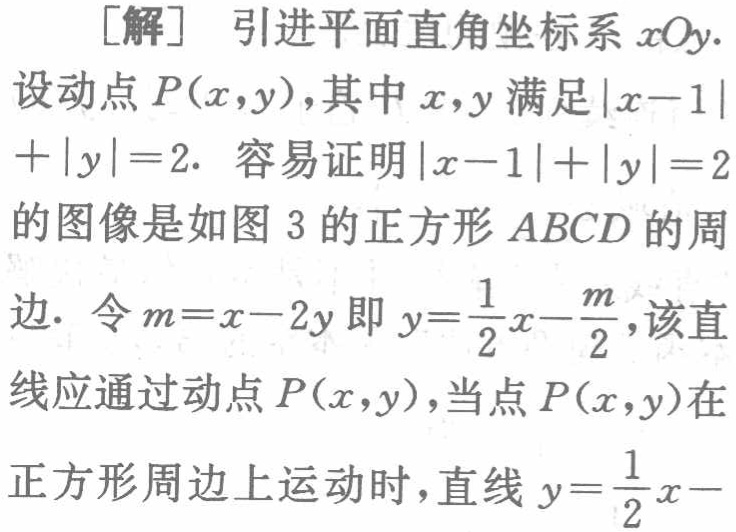
[解] 引进平面直角坐标系 \(xOy\).
设动点 \(P(x,y)\),其中 \(x,y\) 满足 \(|x - 1|+|y| = 2\). 容易证明 \(|x - 1|+|y| = 2\) 的图像是如图 3 的正方形 \(ABCD\) 的周边. 令 \(m = x - 2y\) 即 \(y=\frac{1}{2}x-\frac{m}{2}\),该直线应通过动点 \(P(x,y)\),当点 \(P(x,y)\) 在正方形周边上运动时,直线 \(y=\frac{1}{2}x-\)